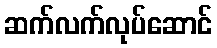
ဆက်လက်လုပ်ဆောင်